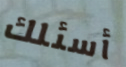
أسئلك